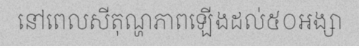
នៅពេលសីតុណ្ហភាពឡើងដល់៥០អង្សា